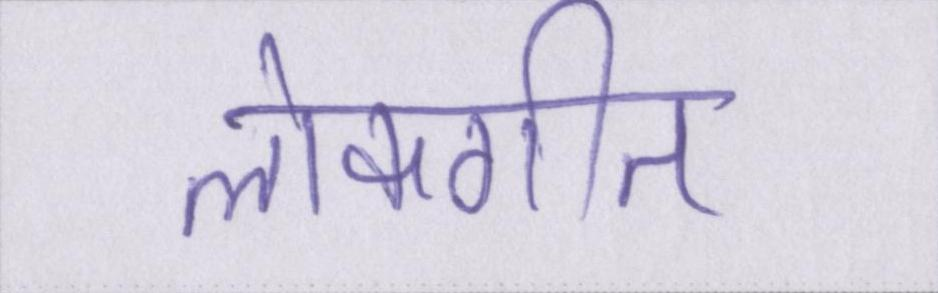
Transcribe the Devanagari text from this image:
लोकगीत